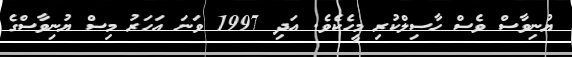
ޔުނިވާސް ވެސް ހާސިލްކުރި މީހެކެވެ. އަދި 1997 ވަނަ އަހަރު މިސް ޔުނިވާސްގެ